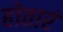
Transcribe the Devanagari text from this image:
होतारं